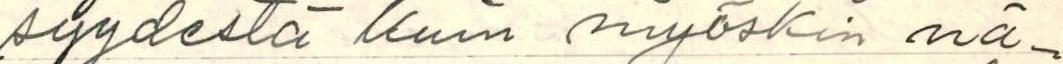
syydestä Kuin myöskin nä-